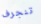
تنجرف